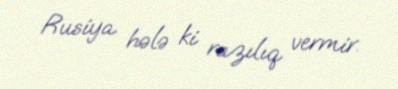
Rusiya hələ ki razılıq vermir.